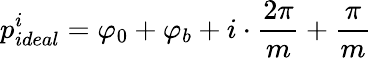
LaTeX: p_{ideal}^{i}=\varphi_{0}+\varphi_{b}+i\cdot\frac{2\pi}{m}+\frac{\pi}{m}